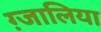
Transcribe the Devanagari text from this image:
ग़्जालिया